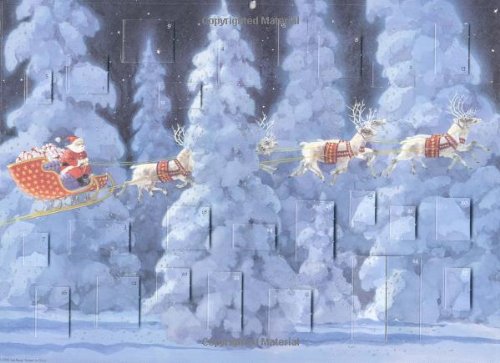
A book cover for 'Twas the Night Before Christmas Advent Calendar; Calendars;